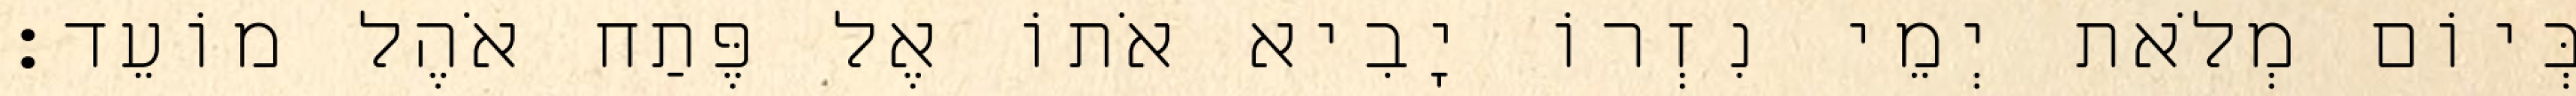
בְּיוֹם מְלֹאת יְמֵי נִזְרוֹ יָבִיא אֹתוֹ אֶל פֶּתַח אֹהֶל מוֹעֵד׃